Annual statistical returns and brief notes on vaccination in Bengal - 1896-1909
Year: 1896
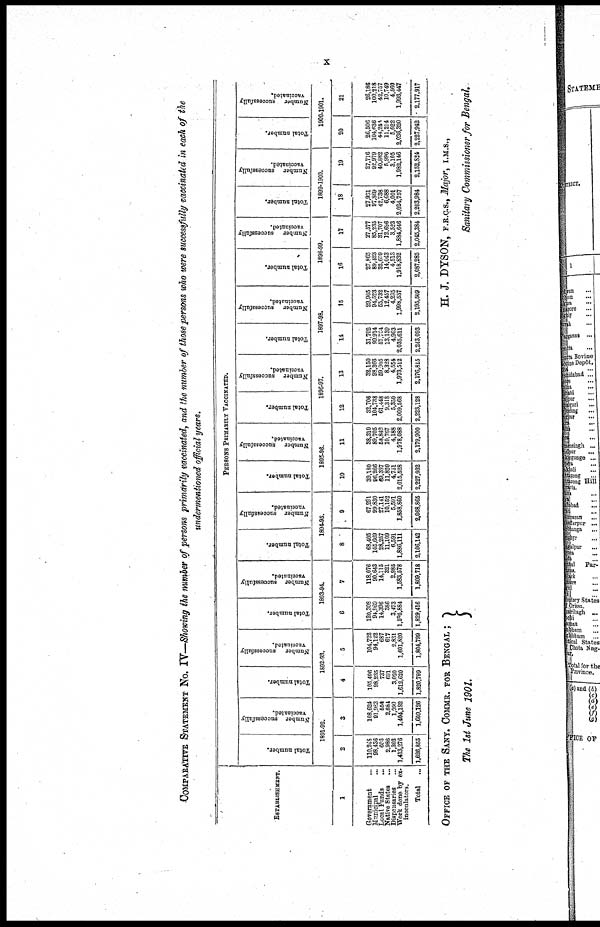
x
COMPARATIVE STATEMENT NO. IV—Showing the number of persons primarily vaccinated, and the number of those persons who were successfully vaccinated in each of the
undermentioned official years.
ESTABLISHMENT.
1
Government ...
Municipal ...
Local Funds
...
Native States
...
Dispensaries ...
Work done by ex-
inoculators.
Total
...
PERSONS PRIMARILY VACCINATED.
Total number.
Number
successfully
vaccinated.
1801-92.
2
110,248
98,436
606
2,986
1,303
1,413,276
1,626,866
3
108,624
91,983
554
2,684
1,099
1,404,182
1,609,126
Total number.
Number
successfully
vaccinated.
1892-93.
4
105,496
98,235
737
691
3,020
1,612,620
1,820,799
5
104,722
94,122
687
617
2,831
1,601,820
1,804,799
Total number.
Number
successfully
vaccinated.
1893-94.
6
120,308
94,969
14,396
386
3,473
1,505,884
1,829,416
7
118,076
90,643
14,115
321
2,985
1,583,578
1,809,718
Total number.
Number
successfully
vaccinated.
1894-95.
8
68,405
105,669
28,257
11,109
6,591
1,886,111
2,106,142
9
67,291
99,830
27,141
10,152
5,591
1,858,860
2,068,865
Total number.
Number
successfully
vaccinated.
1895-96.
10
39,180
96,266
69,387
11,820
4,751
2,015,528
2,227,932
11
38,310
89,705
58,843
10,767
4,188
1,978,088
2,179,900
Total number.
Number
successfully
vaccinated.
1896-97.
12
32,706
104,738
61,448
9,318
5,350
2,009,568
2,223,128
13
32,150
98,366
59,905
8,328
4,554
1,973,512
2,176,815
Total number.
Number
successfully
vaccinated.
1897-98.
14
31,702
99,914
57,764
13,139
4,963
2,035,611
2,243,093
15
29,965
94,523
55,732
12,457
4,295
1,998,537
2,195,509
Total number.
Number
successfully
vaccinated.
1898-99.
16
27,865
89,423
32,609
14,043
4,513
1,918,832
2,087,285
17
27,577
85,235
31,707
12,696
3,523
1,884,646
2,045,384
Total number.
Number
successfully
vaccinated.
1899-1900.
18
27,931
97,869
42,738
6,688
4,001
2,024,757
2,203,984
19
27,716
92,979
40,882
5,996
3,105
1,982,146
2,152,824
Total number.
Number
successfully
vaccinated.
1900-1901.
20
26,506
104,636
44,244
11,214
5,022
2,036,320
2,227,942
21
26,186
100,218
42,757
10,749
4,560
1,993,447
2,177,917
OFFICE OF THE SANY. COMMR. FOR BENGAL ;
The 1st June 1901.
H. J. DYSON, F.R.C.S., Major, I.M.S.,
Sanitary Commissioner for Bengal.